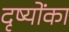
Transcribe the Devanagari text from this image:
दृष्योंका